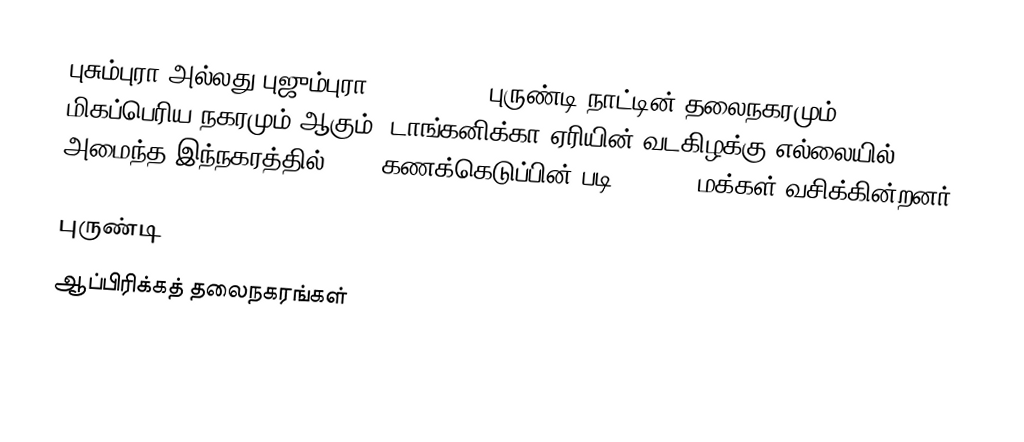
புசும்புரா அல்லது புஜும்புரா (Bujumbura) புருண்டி நாட்டின் தலைநகரமும் மிகப்பெரிய நகரமும் ஆகும். டாங்கனிக்கா ஏரியின் வடகிழக்கு எல்லையில் அமைந்த இந்நகரத்தில் 1994 கணக்கெடுப்பின் படி 300,000 மக்கள் வசிக்கின்றனர்.

புருண்டி
ஆப்பிரிக்கத் தலைநகரங்கள்